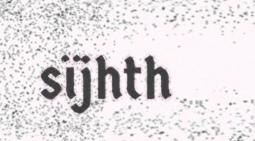
sïjhth